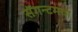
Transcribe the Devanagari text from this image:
सॅगन्टमचा